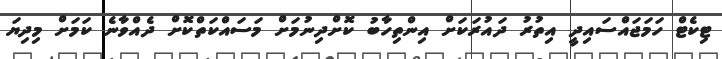
ޓިކެޓް ހަމަޖައްސައިދީ އިތުރު ދައުރަކަށް އިންތިހާބު ކޮށްދިނުމަށް މަސައްކަތްކޮށް ދެއްވާނެ ކަމަށް މިދިޔަ